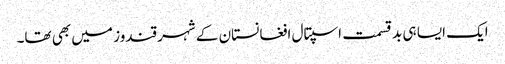
ایک ایسا ہی بد قسمت اسپتال افغانستان کے شہر قندوز میں بھی تھا۔